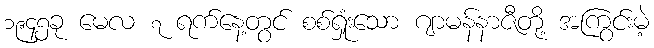
၁၉၄၅ခု မေလ ၇ ရက်နေ့တွင် စစ်ရှုံးသော ဂျာမန်နာဇီတို့ အကြွင်းမဲ့